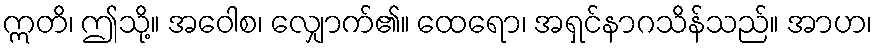
ဣတိ၊ ဤသို့။ အဝေါစ၊ လျှောက်၏။ ထေရော၊ အရှင်နာဂသိန်သည်။ အာဟ၊